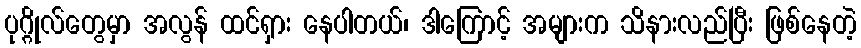
ပုဂ္ဂိုလ်တွေမှာ အလွန် ထင်ရှား နေပါတယ်၊ ဒါကြောင့် အများက သိနားလည်ပြီး ဖြစ်နေတဲ့